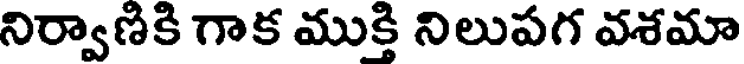
నిర్వాణికి గాక ముక్తి నిలుపగ వశమా